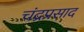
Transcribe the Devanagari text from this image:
चंद्रप्रसाद